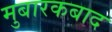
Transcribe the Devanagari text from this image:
मुबारकबाद